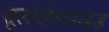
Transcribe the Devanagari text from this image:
सूलोडेक्साइड